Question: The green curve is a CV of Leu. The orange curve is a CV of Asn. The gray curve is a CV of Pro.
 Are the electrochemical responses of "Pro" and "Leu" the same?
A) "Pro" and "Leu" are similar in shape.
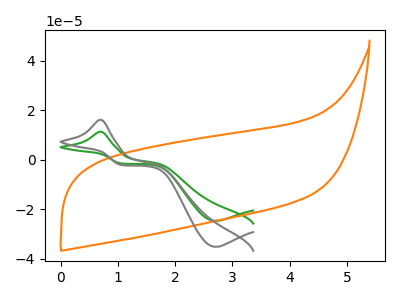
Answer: <think>The green curve "Leu" has an anodic peak at (0.70V, 11.35uA) and a cathodic peak at (2.70V, -24.65uA). The orange curve "Asn" has no peaks. The gray curve "Pro" has an anodic peak at (0.70V, 16.20uA) and a cathodic peak at (2.70V, -35.15uA).
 All the peaks in "Pro" have a peak in "Leu" at the same potential. Every peak in "Pro" is higher than every peak in "Leu".</think>
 <answer>A) "Pro" and "Leu" are similar in shape.</answer>
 <eval>A</eval>